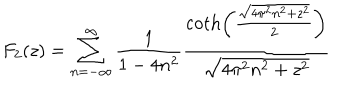
F _ { 2 } ( z ) = \sum _ { n = - \infty } ^ { \infty } \frac { 1 } { 1 - 4 n ^ { 2 } } \frac { \coth \left( \frac { \sqrt { 4 \pi ^ { 2 } n ^ { 2 } + z ^ { 2 } } } { 2 } \right) } { \sqrt { 4 \pi ^ { 2 } n ^ { 2 } + z ^ { 2 } } }